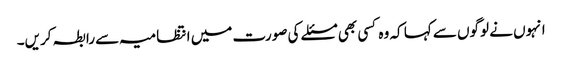
انہوں نے لوگوں سے کہا کہ وہ کسی بھی مسئلے کی صورت میں انتظامیہ سے رابطہ کریں۔